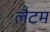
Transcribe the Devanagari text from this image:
लैटम